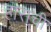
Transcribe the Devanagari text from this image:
हाराची